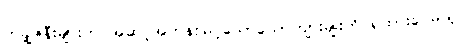
တချို့ဇနီးများက အဆင့်အတန်းမြင့်သောယောကျာ်းမျိုးကို ရထားပေမယ့်